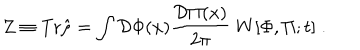
LaTeX: Z \equiv \mathrm { T r } \hat { \rho } = \int { \cal D } \Phi ( x ) { \frac { { \cal D } \Pi ( x ) } { 2 \pi } } \; W [ \Phi , \Pi ; t ] \; .